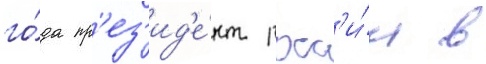
го́да пр'ез'ид'е́нт росс'и́и в